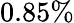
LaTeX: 0.85\%